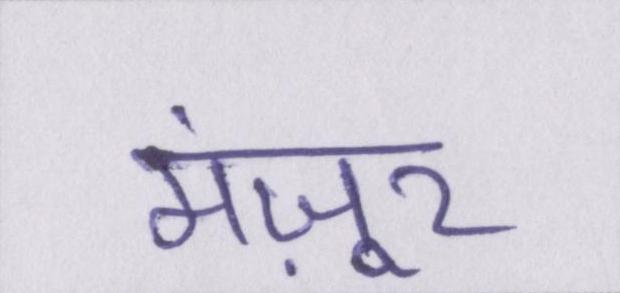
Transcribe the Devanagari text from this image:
मंज़ूर